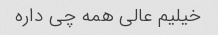
خیلیم عالی همه چی داره